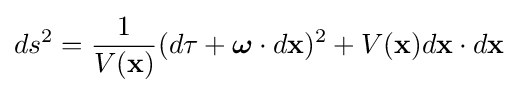
ds^{2}={\frac {1}{V(\mathbf {x} )}}(d\tau +{\boldsymbol {\omega }}\cdot d\mathbf {x} )^{2}+V(\mathbf {x} )d\mathbf {x} \cdot d\mathbf {x}